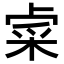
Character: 𨤐